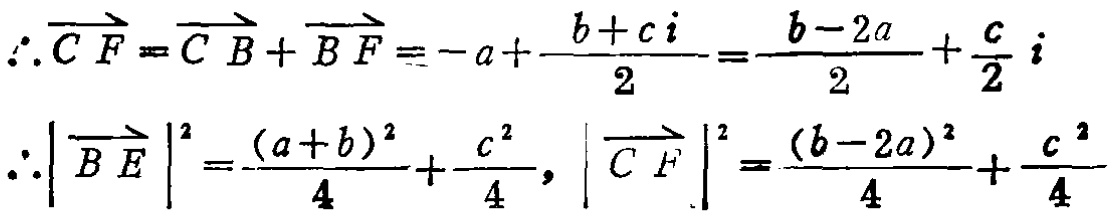
\(\therefore\overrightarrow{CF}=\overrightarrow{CB}+\overrightarrow{BF}=-a + \frac{b + ci}{2}=\frac{b - 2a}{2}+\frac{c}{2}i\)
\(\therefore|\overrightarrow{BE}|^{2}=\frac{(a + b)^{2}}{4}+\frac{c^{2}}{4},|\overrightarrow{CF}|^{2}=\frac{(b - 2a)^{2}}{4}+\frac{c^{2}}{4}\)